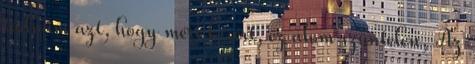
tudnám azt, hogy mért kísért, ez álom szüntelen, Az